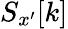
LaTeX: S_{x^{\prime}}[k]